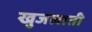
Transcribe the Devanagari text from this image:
खुजलाती